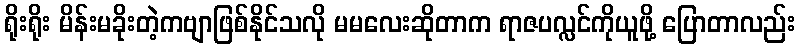
ရိုးရိုး မိန်းမခိုးတဲ့ကဗျာဖြစ်နိုင်သလို မမလေးဆိုတာက ရာဇပလ္လင်ကိုယူဖို့ ပြောတာလည်း